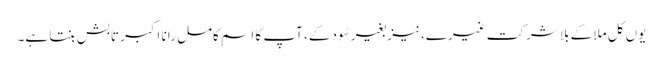
یوں کل ملا کے بلا شرکتِ غیرے، نیز بغیر سُود کے، آپ کا اسمِ کامل رانا اکبر تابش بنتا ہے۔